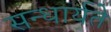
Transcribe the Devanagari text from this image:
सन्धार्यते